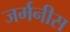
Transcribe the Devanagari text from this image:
जर्मनीस